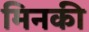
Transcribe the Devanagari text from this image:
मिनकी